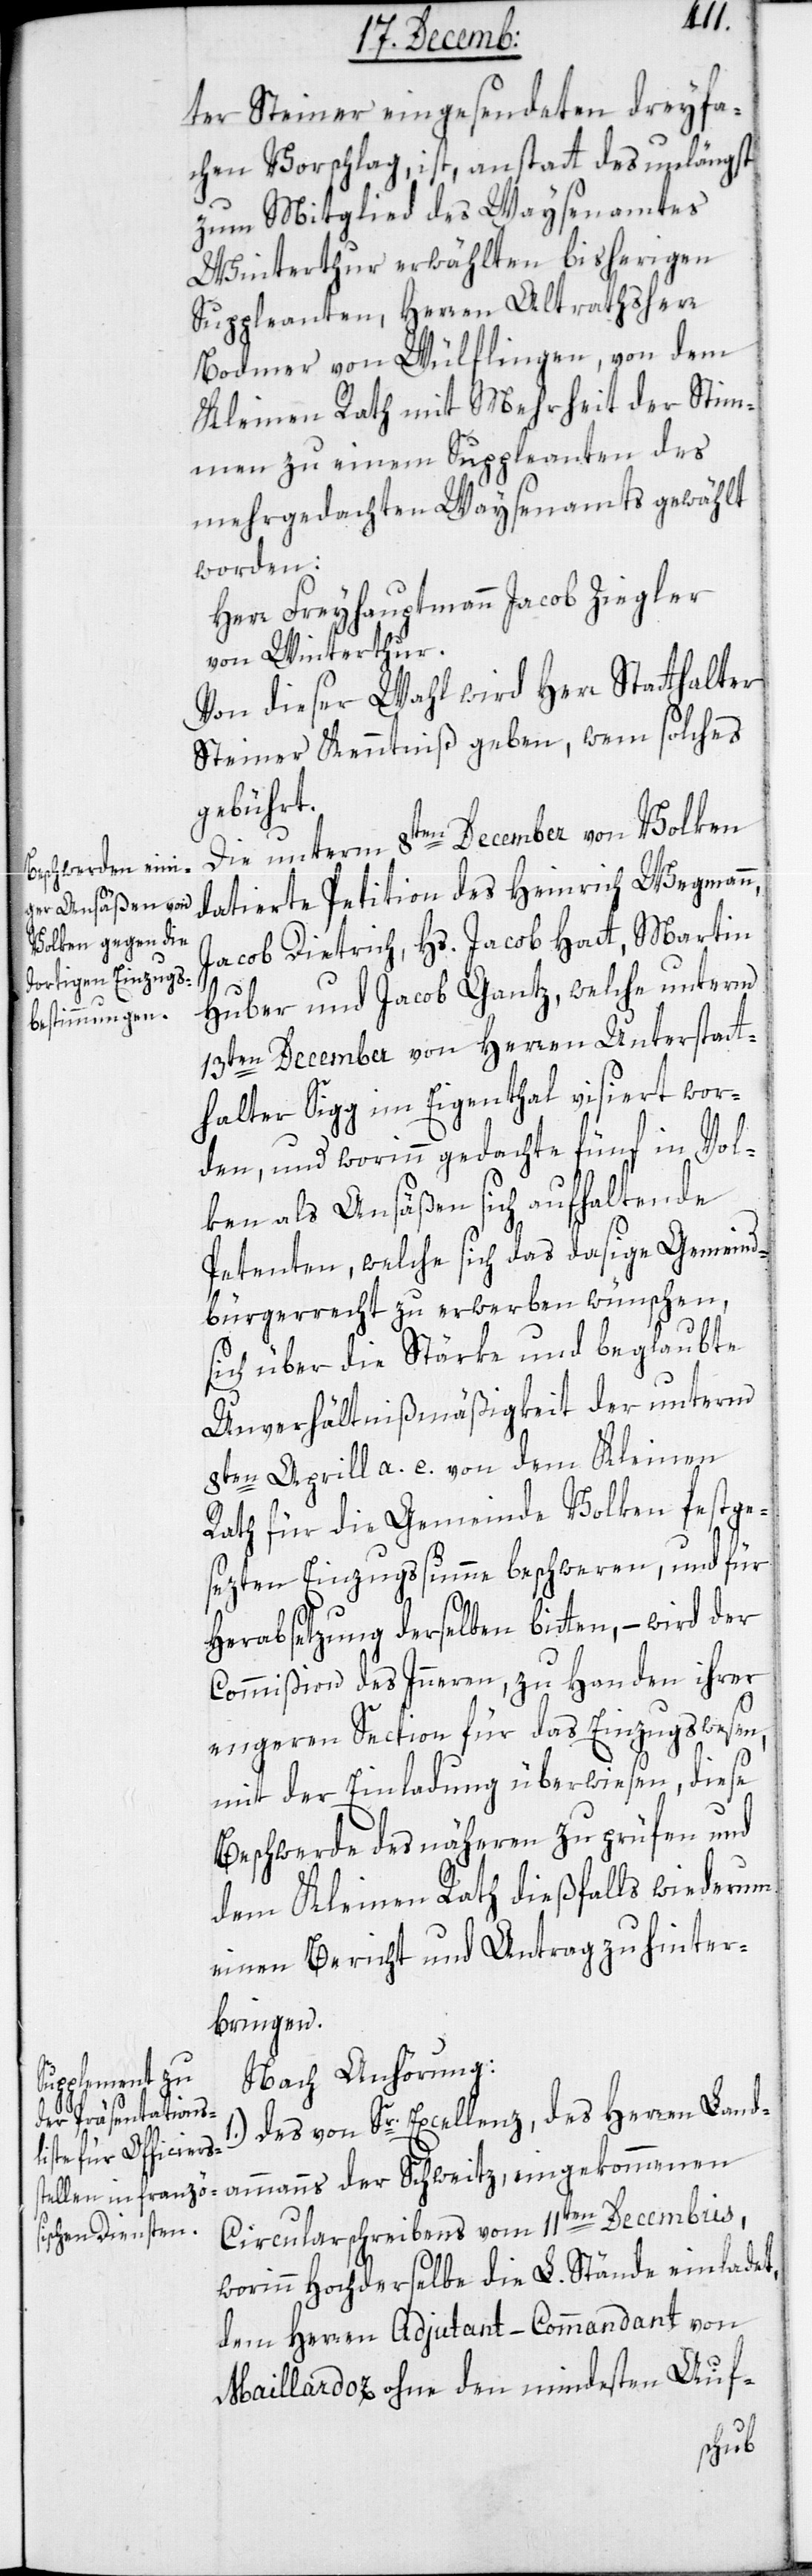
ter Steiner eingesendeten dreyfa¬
chen Vorschlag, ist anstatt des unlängst
zum Mitglied des Waysenamtes
Winterthur erwählten bisherigen
Suppleanten, Herren Altrathsherr
Bodmer von Wülflingen, von dem
Kleinen Rath mit Mehrheit der Stim¬
men zu einem Suppleanten des
mehrgedachten Waysenamts gewählt
worden:
Herr Freyhauptmann Jacob Ziegler
von Winterthur.
Von dieser Wahl wird Herr Statthalter
Steiner Kenntniß geben, wem solches
gebührt.
Die unterm 8ten December von Volken
datierte Petition des Heinrich Wegmann,
Jacob Dietrich, Hs. Jacob Hatt, Martin
Huber und Jacob Gantz, welche unterm
13ten December von Herren Unterstatt¬
halter Sigg im Eigenthal visiert wor¬
den, und worinn gedachte fünf in Vol¬
ken als Ansäßen sich aufhaltende
Petenten, welche sich das dasige Gemeind¬
bürgerrecht zu erwerben wünschen,
sich über die Stärke und beglaubte
Unverhältnißmäßigkeit der unterm
8ten April a. c. von dem Kleinen
Rath für die Gemeinde Volken festge¬
sezten Einzugssumme beschweren, und für
1.)
Herabsetzung derselben bitten, wird der
Commißion des Inneren, zu Handen ihrer
engeren Section für das Einzugswesen,
mit der Einladung überwiesen, diese
Beschwerde des näheren zu prüfen und
dem Kleinen Rath dießfalls wiederum
einen Bericht und Antrag zu hinter¬
bringen.
Nach Anhörung:
Des von Sr. Excellenz, des Herren Land¬
ammanns der Schweitz, eingekommenen
Circularschreibens vom 11ten Decembris,
worinn Hochderselbe die L. Stände einladet,
dem Herren Adjudant-Commandant von
Maillardoz ohne den mindesten Auf-